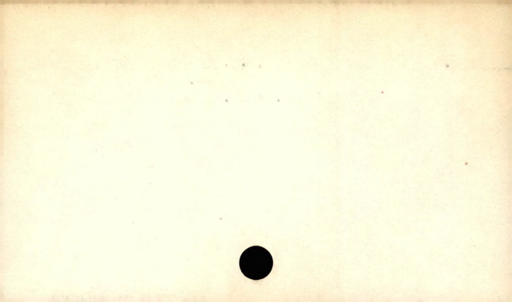
Label: divider